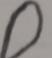
Signature authenticity: forged